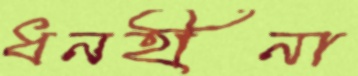
ধনহীনা